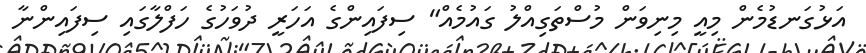
އަޅުގަނޑުމެން މިއީ މިނިވަން މުސްތަގިއްލު ގައުމެއް" ސިފައިންގެ އަހަރީ ދުވަހުގެ ހަފްލާގައި ސިފައިންނާ